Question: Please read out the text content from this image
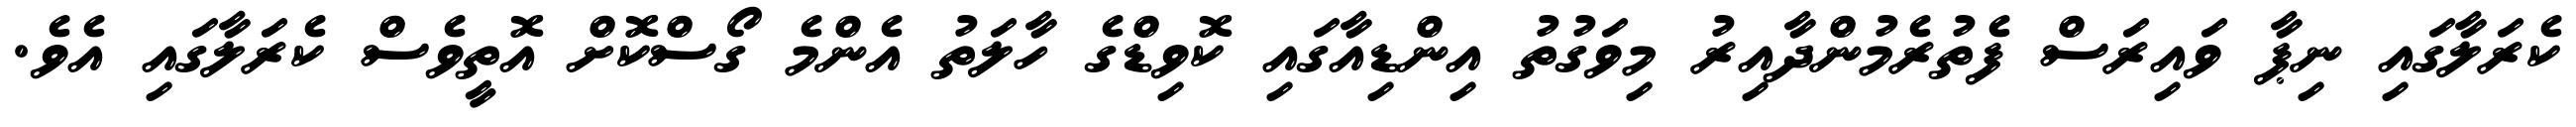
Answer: ކެރަލާގައި ނިޕާ ވައިރަސް ފެތުރެމުންދާއިރު މިވަގުތު އިންޑިއާގައި ކޮވިޑްގެ ހާލަތު އެންމެ ގޯސްކޮށް އޮތީވެސް ކެރަލާގައި އެވެ.